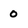
Character: 0